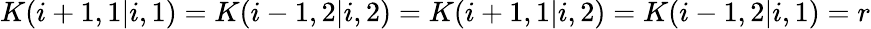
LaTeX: K(i+1,1|i,1)=K(i-1,2|i,2)=K(i+1,1|i,2)=K(i-1,2|i,1)=r